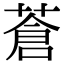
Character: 蒼